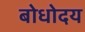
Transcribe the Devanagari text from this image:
बोधोदय